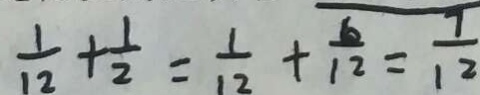
\frac { 1 } { 1 2 } + \frac { 1 } { 2 } = \frac { 1 } { 1 2 } + \frac { 6 } { 1 2 } = \frac { 7 } { 1 2 }